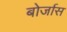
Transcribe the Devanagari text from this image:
बोर्जास